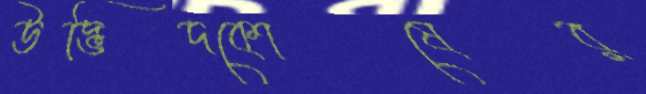
উদ্ভিদকোষের